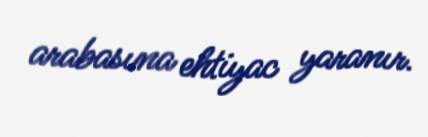
arabasına ehtiyac yaranır.